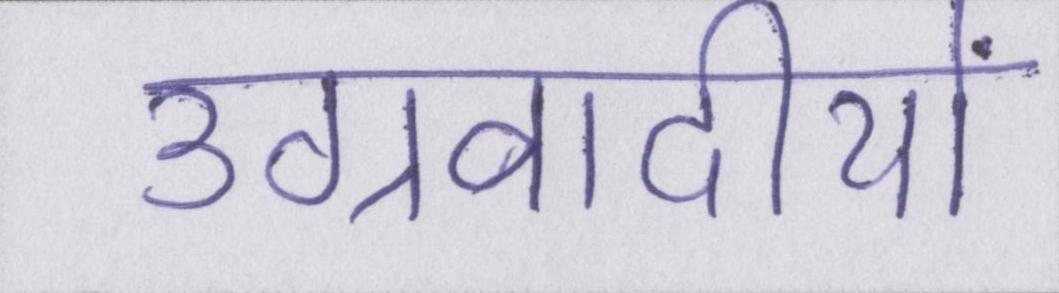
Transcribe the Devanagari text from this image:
उग्रवादीयों